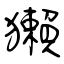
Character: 獺